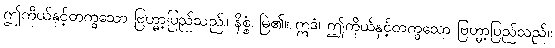
ဤကိုယ်နှင့်တကွသော ဗြဟ္မာ့ပြည်သည်။ နိစ္စံ၊ မြဲ၏။ ဣဒံ၊ ဤကိုယ်နှင့်တကွသော ဗြဟ္မာ့ပြည်သည်။